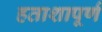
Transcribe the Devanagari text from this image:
हताशापूर्ण